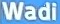
Wadi